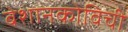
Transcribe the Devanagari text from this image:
बेशानकोविची